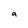
Character: a